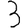
Digit: 3